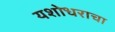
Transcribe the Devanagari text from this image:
यशोधराचा